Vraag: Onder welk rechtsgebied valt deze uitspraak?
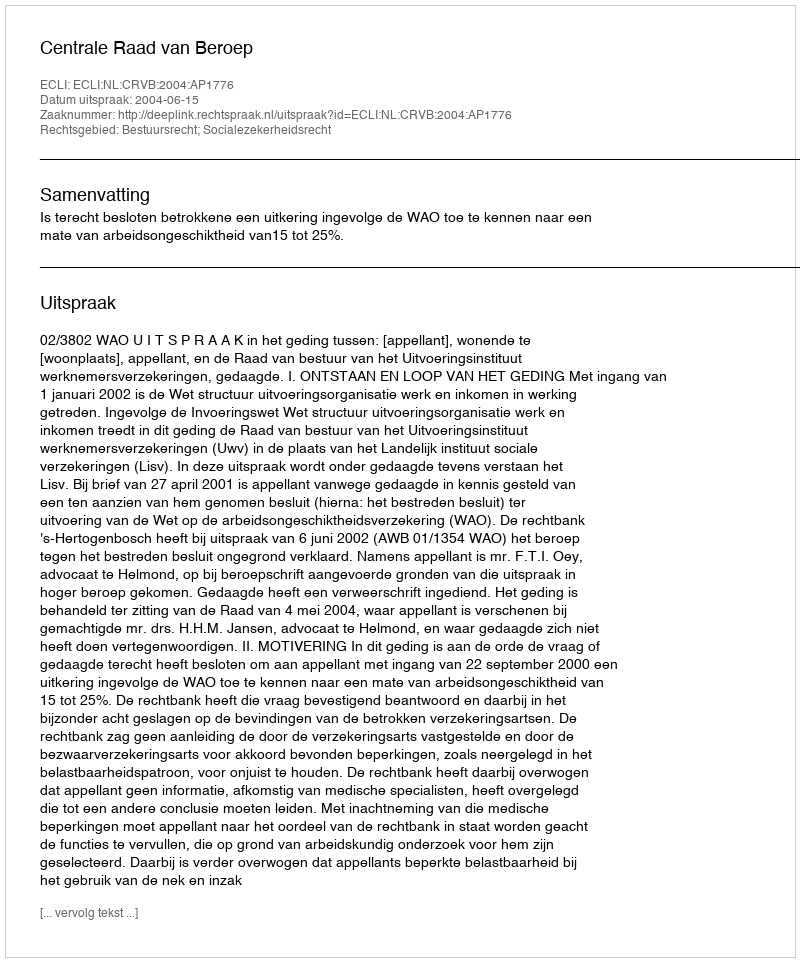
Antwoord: Bestuursrecht; Socialezekerheidsrecht